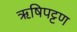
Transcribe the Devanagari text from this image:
ऋषिपट्टण